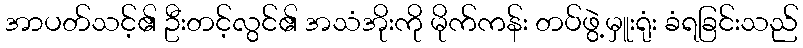
အာပတ်သင့်၏ ဦးတင့်လွင်၏ အသံအိုးကို မိုက်ကန်း တပ်ဖွဲ့မှူးရုံး ခံရခြင်းသည်